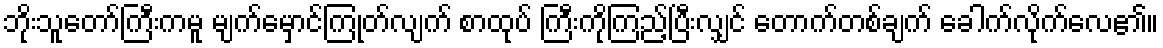
ဘိုးသူတော်ကြီးကမူ မျက်မှောင်ကြုတ်လျက် စာထုပ် ကြီးကိုကြည့်ပြီးလျှင် တောက်တစ်ချက် ခေါက်လိုက်လေ၏။